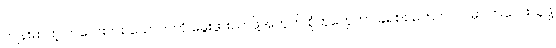
ကျန်းမာတဲ့ ကလေးတစ်ယောက်ကို မွေးဖွားလာဖို့အတွက် စုံတွဲတွေဟာ ခရစ်စမတ်ကာလမှာ ကလေးယူဖို့